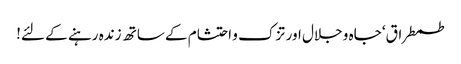
طمطراق‘ جاہ و جلال اور تزک و احتشام کے ساتھ زندہ رہنے کے لئے!